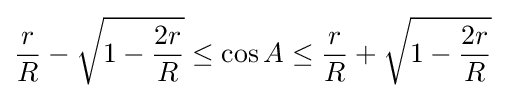
{\frac {r}{R}}-{\sqrt {1-{\frac {2r}{R}}}}\leq \cos A\leq {\frac {r}{R}}+{\sqrt {1-{\frac {2r}{R}}}}